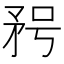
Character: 𥍣